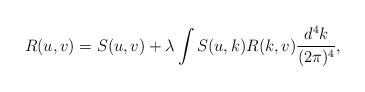
LaTeX: \begin{align*}R(u,v)=S(u,v)+\lambda\int S(u,k)R(k,v)\frac{d^4k}{(2\pi)^4},\end{align*}